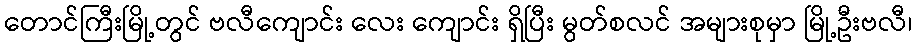
တောင်ကြီးမြို့တွင် ဗလီကျောင်း လေး ကျောင်း ရှိပြီး မွတ်စလင် အများစုမှာ မြို့ဦးဗလီ၊